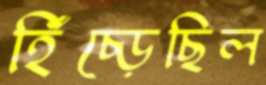
হিঁচ্‌ড়েছিল